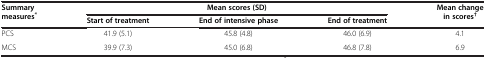
<table><thead><tr><td rowspan="2"><b>Summary measures<sup>*</sup></b></td><td colspan="3"><b>Mean scores (SD)</b></td><td rowspan="2"><b>Mean change in scores<sup>†</sup></b></td></tr><tr><td><b>Start of treatment</b></td><td><b>End of intensive phase</b></td><td><b>End of treatment</b></td></tr></thead><tbody><tr><td>PCS</td><td>41.9 (5.1)</td><td>45.8 (4.8)</td><td>46.0 (6.9)</td><td>4.1</td></tr><tr><td>MCS</td><td>39.9 (7.3)</td><td>45.0 (6.8)</td><td>46.8 (7.8)</td><td>6.9</td></tr></tbody></table>